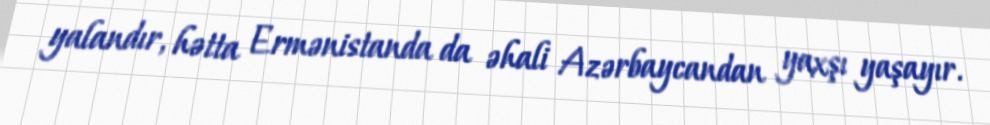
yalandır, hətta Ermənistanda da əhali Azərbaycandan yaxşı yaşayır.